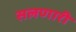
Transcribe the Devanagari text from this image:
सलणारी